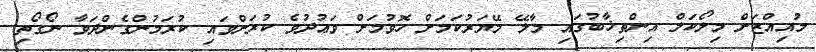
މުއިއްޒަށް މިލޯކަލް އިންތިޚާބުގައި މާލޭ މޭޔަރުކަމަށް ހޮވުމަށް ވަޢުދުވެ ކުރަށްވައި ކުރަމުންގެންދަވާ ނޯގޯތި